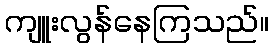
ကျူးလွန်နေကြသည်။